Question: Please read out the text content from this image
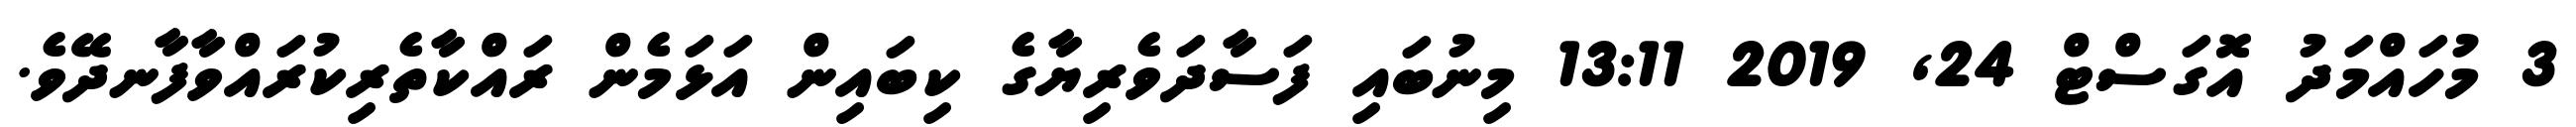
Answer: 3 މުހައްމަދު އޮގަސްޓް 24, 2019 13:11 މިނުބައި ފަސާދަވެރިޔާގެ ކިބައިން އަޅަމެން ރައްކާތެރިކުރައްވާފާނދޭވެ.